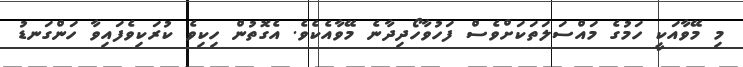
މި މޭވާއަކީ ހަމުގެ މައްސަލަތަކަށްވެސް ފަހުވާހޯދިދާނެ މޭވާއެކެވެ. އެގޮތުން ހިކިވެ ކުރަކިވެފައިވާ ހަންގަނޑު